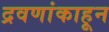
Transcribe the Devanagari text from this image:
द्रवणांकाहून